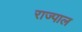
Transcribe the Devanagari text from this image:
राज्पाल